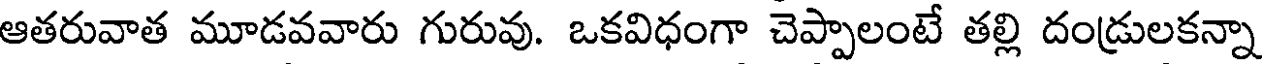
ఆతరువాత మూడవవారు గురువు. ఒకవిధంగా చెప్పాలంటే తల్లి దండ్రులకన్నా